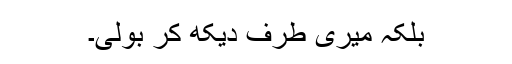
بلکہ میری طرف دیکھ کر بولی۔